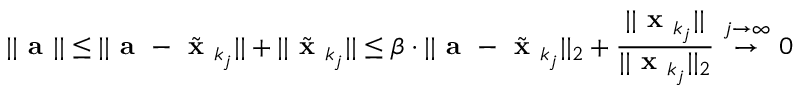
| | { \textbf { a } } | | \leq | | { \textbf { a } } - { \tilde { \textbf { x } } } _ { k _ { j } } | | + | | { \tilde { \textbf { x } } } _ { k _ { j } } | | \leq \beta \cdot | | { \textbf { a } } - { \tilde { \textbf { x } } } _ { k _ { j } } | | _ { 2 } + { \frac { | | { \textbf { x } } _ { k _ { j } } | | } { | | { \textbf { x } } _ { k _ { j } } | | _ { 2 } } } \ { \overset { j \to \infty } { \to } } \ 0